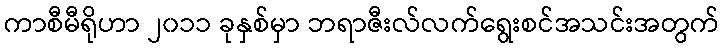
ကာစီမီရိုဟာ ၂၀၁၁ ခုနှစ်မှာ ဘရာဇီးလ်လက်ရွေးစင်အသင်းအတွက်